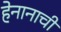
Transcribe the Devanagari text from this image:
हेनानाची